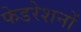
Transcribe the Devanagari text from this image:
फेडरेशनों